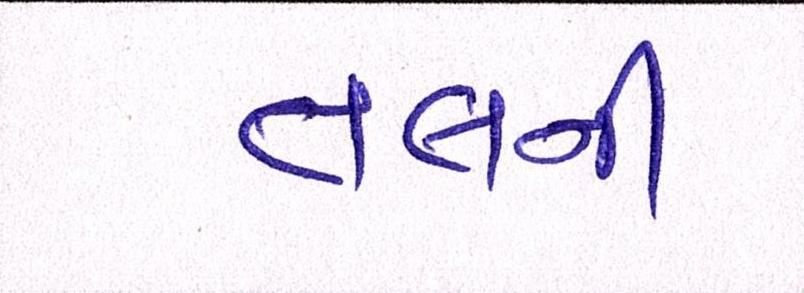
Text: તલની